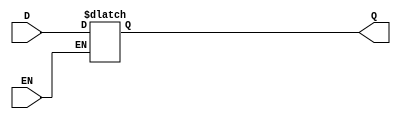
module async_gated_latch (
    input wire D,      // Data Input
    input wire EN,     // Enable Signal
    output reg Q       // Output
);

// Always block that is sensitive to the enable signal
always @(*) begin
    if (EN) begin
        Q = D;       // When EN is high, Q follows D
    end
    // When EN is low, Q retains its last value (no assignment needed)
end

endmodule